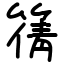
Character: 篟